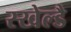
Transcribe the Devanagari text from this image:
स्खेल्डै